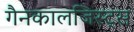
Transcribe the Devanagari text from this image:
गैनकालजिस्ट्स